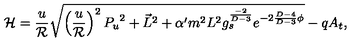
{ \cal H } = { \frac { u } { \cal R } } \sqrt { \left( { \frac { u } { \cal R } } \right) ^ { 2 } { P _ { u } } ^ { 2 } + \vec { L } ^ { 2 } + \alpha ^ { \prime } m ^ { 2 } L ^ { 2 } g _ { s } ^ { \frac { - 2 } { D - 3 } } e ^ { - 2 { \frac { D - 4 } { D - 3 } } \phi } } - q A _ { t } ,